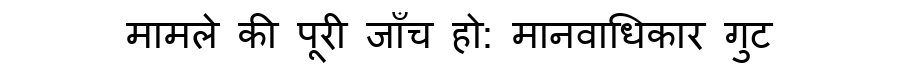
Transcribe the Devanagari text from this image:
मामले की पूरी जाँच हो: मानवाधिकार गुट